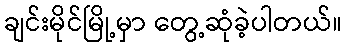
ချင်းမိုင်မြို့မှာ တွေ့ဆုံခဲ့ပါတယ်။